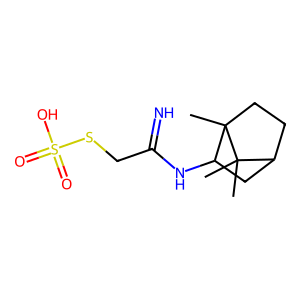
SMILES: CC1(C)C2CCC1(C)C(NC(=N)CSS(=O)(=O)O)C2
Inhibits HIV replication: No